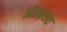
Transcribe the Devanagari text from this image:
ओल्ब्रख्त